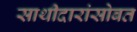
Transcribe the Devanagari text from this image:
साथीदारांसोबत